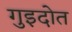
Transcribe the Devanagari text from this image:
गुइदोत